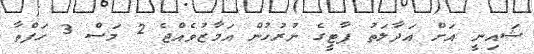
ޝައިނީ އަށް އަދާލަތު ޕާޓީގެ ނުރުހުން އަމާޒުވެއްޖެ 2 މަސް 3 ހަފްތާ